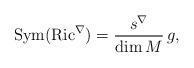
LaTeX: \begin{align*}\mathrm{Sym}(\mathrm{Ric}^{\nabla})=\frac{s^{\nabla}}{\dim M}\, g,\end{align*}